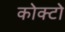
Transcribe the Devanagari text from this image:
कोक्टो